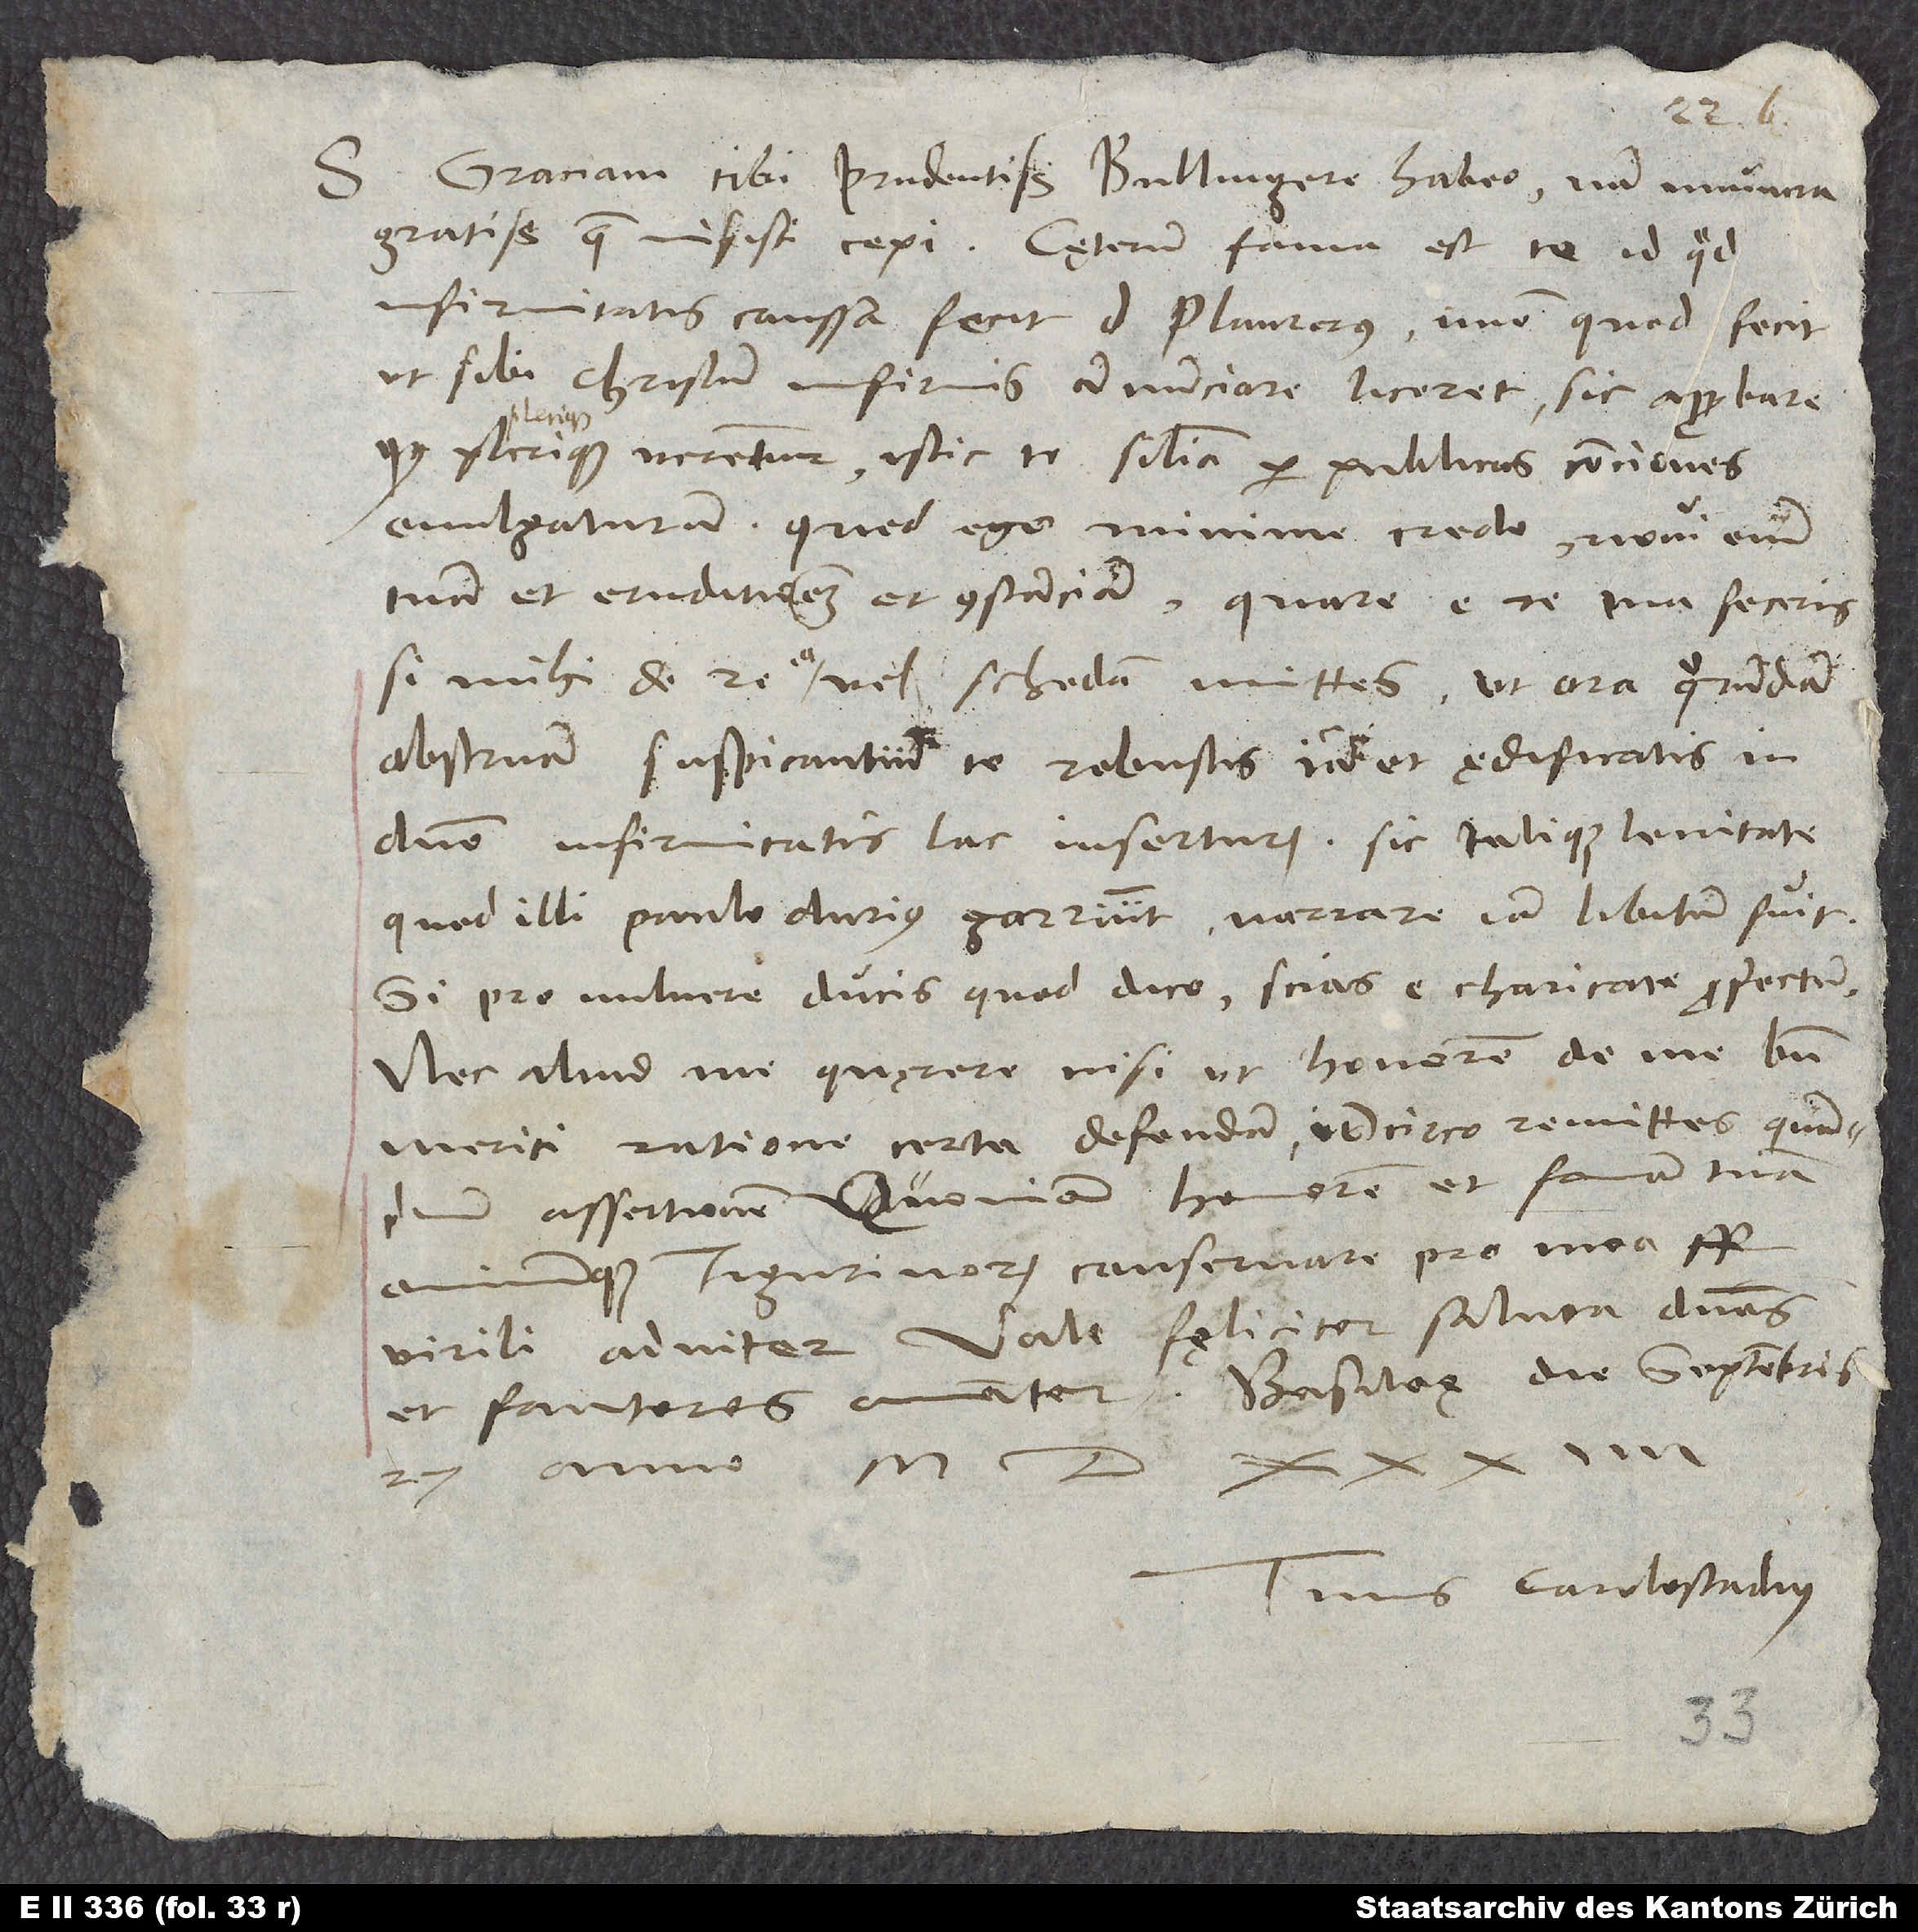
Graciam tibi, prudentissime Bullingere, habeo. Nam munera
gratissima, quae misisti, cepi. Caeterum fama est te id, quod
infirmitatis caussa fecit d. Plaurerus, immo quod fecit,
ut sibi Christum infirmis adnunciare liceret, sic approbare,
quod plerique verentur istic te similia per publicas conciones
S.
evulgaturum. Quod ego minime credo. Novi enim
tuam et eruditionem et constanciam. Quare e re tua feceris,
si mihi de re ea vel schedam mittes, ut ora quorundam
obstruam suspicantium te robustis iam et ędificatis in
domino infirmitatis lac inserturum. Sic talique lenitate,
quod illi paulo durius garriunt, narrare iam libitum fuit.
Si pro vulnere ducis quod dico, scias e charitate profectum
nec aliud me quęrere, nisi ut honorem de me bene
meriti ratione certa defendam. Idcirco remittes quam
primum Assertionem, quoniam honorem et famam tuam
omniumque Tigurinorum conservare pro mea
virili adnitor. Vale fęliciter. Saluta dominos
et fautores amanter. Basileę, die septembris
27. anno 1534.
Tuus Carolostadius.